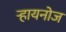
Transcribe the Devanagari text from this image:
ऱ्हायनोज